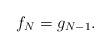
LaTeX: \begin{align*}f_N = g_{N-1}.\end{align*}